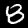
Label: 8